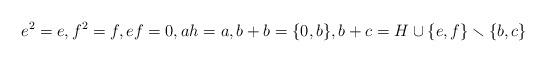
LaTeX: \begin{align*} e^2=e,f^2=f, ef=0,ah=a, b+b=\{0,b\}, b+c=H\cup \{e,f\} \smallsetminus \{b,c\} \end{align*}